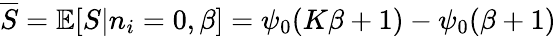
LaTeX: \overline{{S}}=\mathbb{E}[S|n_{i}=0,\beta]=\psi_{0}(K\beta+1)-\psi_{0}(\beta+1)